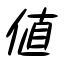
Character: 値